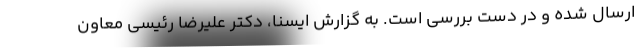
ارسال شده و در دست بررسی است. به گزارش ایسنا، دکتر علیرضا رئیسی معاون